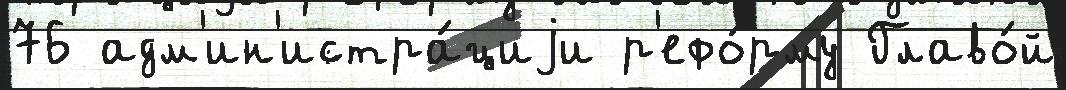
76 адм'ин'истра́циjи р'ефо́рму Главо́й